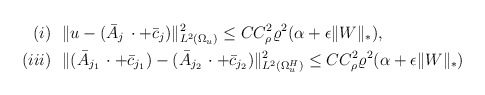
\begin{align*}(i) & \ \ \Vert u - (\bar{A}_j \, \cdot + \bar{c}_j)\Vert^2_{L^2(\Omega_u)} \le C C_\rho^2\varrho^2 (\alpha + \epsilon \Vert W \Vert_*),\\(iii) & \ \ \Vert (\bar{A}_{j_1} \, \cdot + \bar{c}_{j_1}) - (\bar{A}_{j_2} \, \cdot + \bar{c}_{j_2})\Vert^2_{L^2(\Omega_u^H )}\le CC_\rho^2 \varrho^2 (\alpha + \epsilon \Vert W \Vert_*) \end{align*}